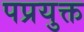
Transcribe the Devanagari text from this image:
पप्रयुक्त